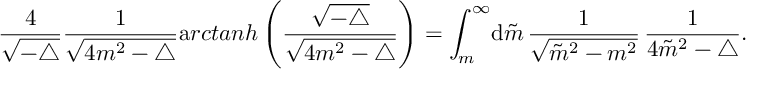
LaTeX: \frac { 4 } { \sqrt { - \triangle } } \frac { 1 } { \sqrt { 4 m ^ { 2 } - \triangle } } { \mathrm a r c t a n h } \left( \frac { \sqrt { - \triangle } } { \sqrt { 4 m ^ { 2 } - \triangle } } \right) = \int _ { m } ^ { \infty } \! { \mathrm d } \tilde { m } \, \frac { 1 } { \sqrt { { \tilde { m } } ^ { 2 } - m ^ { 2 } } } \, \frac { 1 } { 4 { \tilde { m } } ^ { 2 } - \triangle } .